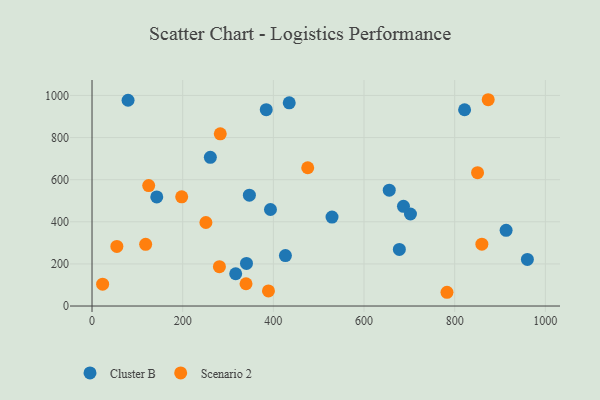
{"axis": {"x": "Study Hours", "y": "Yield"}, "legend": ["Cluster B", "Scenario 2"], "data": [{"x": "655.6", "y": 550.0, "type": "Cluster B"}, {"x": "702.4", "y": 437.1, "type": "Cluster B"}, {"x": "960.3", "y": 221.4, "type": "Cluster B"}, {"x": "261.0", "y": 706.4, "type": "Cluster B"}, {"x": "435.0", "y": 965.1, "type": "Cluster B"}, {"x": "913.4", "y": 359.7, "type": "Cluster B"}, {"x": "142.8", "y": 517.9, "type": "Cluster B"}, {"x": "687.0", "y": 473.3, "type": "Cluster B"}, {"x": "426.6", "y": 239.7, "type": "Cluster B"}, {"x": "79.5", "y": 977.1, "type": "Cluster B"}, {"x": "677.9", "y": 268.7, "type": "Cluster B"}, {"x": "316.9", "y": 153.2, "type": "Cluster B"}, {"x": "821.8", "y": 932.0, "type": "Cluster B"}, {"x": "384.3", "y": 932.3, "type": "Cluster B"}, {"x": "340.7", "y": 202.4, "type": "Cluster B"}, {"x": "347.1", "y": 526.2, "type": "Cluster B"}, {"x": "529.4", "y": 422.5, "type": "Cluster B"}, {"x": "393.6", "y": 458.3, "type": "Cluster B"}, {"x": "54.8", "y": 283.0, "type": "Scenario 2"}, {"x": "125.0", "y": 571.8, "type": "Scenario 2"}, {"x": "23.4", "y": 103.6, "type": "Scenario 2"}, {"x": "118.3", "y": 292.9, "type": "Scenario 2"}, {"x": "389.2", "y": 71.9, "type": "Scenario 2"}, {"x": "251.2", "y": 396.6, "type": "Scenario 2"}, {"x": "783.0", "y": 65.3, "type": "Scenario 2"}, {"x": "850.4", "y": 633.1, "type": "Scenario 2"}, {"x": "859.9", "y": 293.8, "type": "Scenario 2"}, {"x": "339.7", "y": 105.7, "type": "Scenario 2"}, {"x": "197.8", "y": 518.4, "type": "Scenario 2"}, {"x": "281.0", "y": 186.9, "type": "Scenario 2"}, {"x": "873.9", "y": 979.7, "type": "Scenario 2"}, {"x": "475.8", "y": 656.7, "type": "Scenario 2"}, {"x": "282.9", "y": 817.8, "type": "Scenario 2"}]}